Scientific memoirs by medical officers of the Army of India - Part III,
Year: 1887
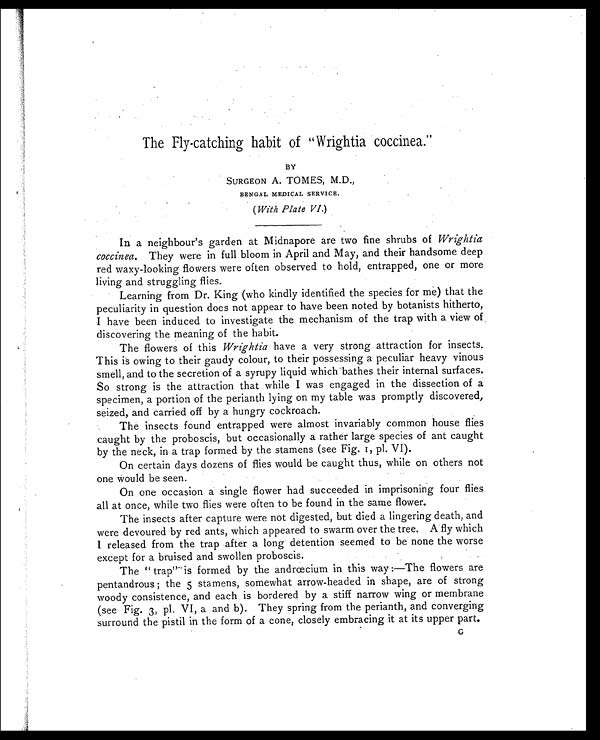
The Fly-catching habit of "Wrightia coccinea."
BY
SURGEON A. TOMES, M.D.,
BENGAL MEDICAL SERVICE.
(With Plate VI.)
In a neighbour's garden at Midnapore are two fine shrubs of Wrightia
coccinea. They were in full bloom in April and May, and their handsome deep
red waxy-looking flowers were often observed to hold, entrapped, one or more
living and struggling flies.
Learning from Dr. King (who kindly identified the species for me) that the
peculiarity in question does not appear to have been noted by botanists hitherto,
I have been induced to investigate the mechanism of the trap with a view of
discovering the meaning of the habit.
The flowers of this Wrightia have a very strong attraction for insects.
This is owing to their gaudy colour, to their possessing a peculiar heavy vinous
smell, and to the secretion of a syrupy liquid which bathes their internal surfaces.
So strong is the attraction that while I was engaged in the dissection of a
specimen, a portion of the perianth lying on my table was promptly discovered,
seized, and carried off by a hungry cockroach.
The insects found entrapped were almost invariably common house flies
caught by the proboscis, but occasionally a rather large species of ant caught
by the neck, in a trap formed by the stamens (see Fig. I, pl. VI).
On certain days dozens of flies would be caught thus, while on others not
one would be seen.
On one occasion a single flower had succeeded in imprisoning four flies
all at once, while two flies were often to be found in the same flower.
The insects after capture were not digested, but died a lingering death, and
were devoured by red ants, which appeared to swarm over the tree. A fly which
I released from the trap after a long detention seemed to be none the worse
except for a bruised and swollen proboscis.
The "trap" is formed by the andrœcium in this way:—The flowers are
pentandrous; the 5 stamens, somewhat arrow-headed in shape, are of strong
woody consistence, and each is bordered by a stiff narrow wing or membrane
(see Fig. 3, pl. VI, a and b). They spring from the perianth, and converging
surround the pistil in the form of a cone, closely embracing it at its upper part. G